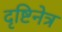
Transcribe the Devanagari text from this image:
दृष्टिनेत्र